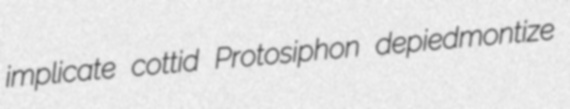
implicate cottid Protosiphon depiedmontize